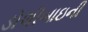
ડોલીબાઇની